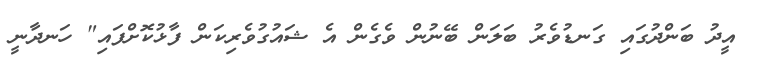
އީދު ބަންދުގައި ގަނޑުވެރު ބަލަން ބޭނުން ވެގެން އެ ޝައުގުވެރިކަން ފާޅުކޮށްފައި" ހަނދާނީ